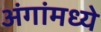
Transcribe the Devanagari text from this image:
अंगांमध्ये